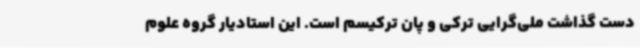
دست گذاشت ملی‌گرایی ترکی و پان ترکیسم است. این استادیار گروه علوم